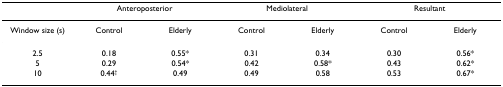
<table><thead><tr><td></td><td colspan="2"><b>Anteroposterior</b></td><td colspan="2"><b>Mediolateral</b></td><td colspan="2"><b>Resultant</b></td></tr></thead><tbody><tr><td>Window size (s)</td><td>Control</td><td>Elderly</td><td>Control</td><td>Elderly</td><td>Control</td><td>Elderly</td></tr><tr><td>2.5</td><td>0.18</td><td>0.55*</td><td>0.31</td><td>0.34</td><td>0.30</td><td>0.56*</td></tr><tr><td>5</td><td>0.29</td><td>0.54*</td><td>0.42</td><td>0.58*</td><td>0.43</td><td>0.62*</td></tr><tr><td>10</td><td>0.44<sup>†</sup></td><td>0.49</td><td>0.49</td><td>0.58</td><td>0.53</td><td>0.67*</td></tr></tbody></table>